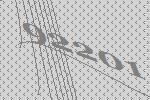
92201